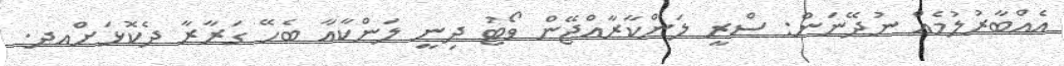
އެއްބާރުލުމެއް ނުދޭނަން: ސްރީ ލަންކާރާއްޖޭން ވޯޓު ދިނީ ލަންކާއާ ބެހޭ ގަރާރާ ދެކޮޅަށްއދ.